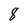
Character: 8